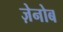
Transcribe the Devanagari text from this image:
ज़ेनोब